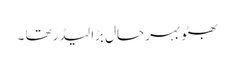
بھٹو بہرحال بڑا لیڈرتھا ۔